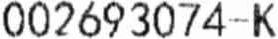
002693074-K